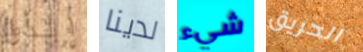
إبدأوا لدينا شيء الحريق